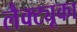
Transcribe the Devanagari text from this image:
लैक्ट्यूका